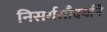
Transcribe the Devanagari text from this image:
निसर्गसौदर्याने